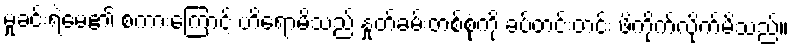
မှုခင်းရဲမေ၏ စကားကြောင့် ဟိရောမိသည် နှုတ်ခမ်းတစ်စုံကို ခပ်တင်းတင်း ဖိကိုက်လိုက်မိသည်။